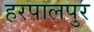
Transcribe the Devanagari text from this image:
हरपालपुर